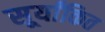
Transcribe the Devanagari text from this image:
सूर्यांकित